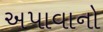
અપાવાનો